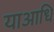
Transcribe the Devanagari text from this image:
याआधि